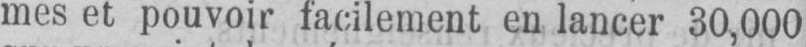
mes et pouvoir facilement en lancer 30,000